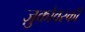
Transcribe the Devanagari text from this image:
ज़ुकोवस्की